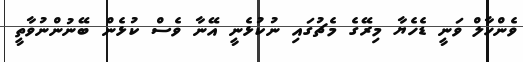
ވެންހާލް ވަނީ ޑެހެޔާ މިރޭގެ މެޗުގައި ނުކުޅެނީ އޭނާ ވެސް ކުޅެން ބޭނުންނުވާތީ